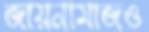
জায়নামাজও